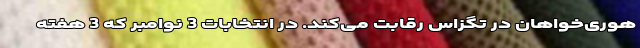
هوری‌خواهان در تگزاس رقابت می‌کند. در انتخابات 3 نوامبر که 3 هفته